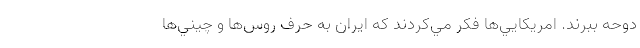
دوحه ببرند. امريكايي‌ها فكر مي‌كردند كه ايران به حرف روس‌ها و چيني‌ها